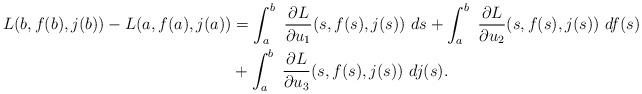
LaTeX: \begin{align*} L(b,f(b),j(b)) - L(a,f(a),j(a)) &= \int^{b}_{a}\ \frac{\partial L}{\partial u_{1}}(s,f(s),j(s)) \ ds + \int^{b}_{a}\ \frac{\partial L}{\partial u_{2}}(s,f(s),j(s)) \ df(s) \\&+ \int^{b}_{a}\ \frac{\partial L}{\partial u_{3}}(s,f(s),j(s)) \ dj(s).\end{align*}